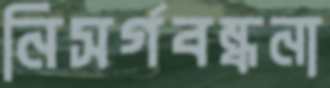
নিসর্গবন্ধনা